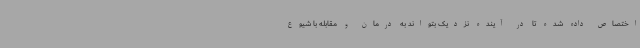
اختصاص داده شده تا در آینده نزدیک بتواند به درمان و مقابله با شیوع